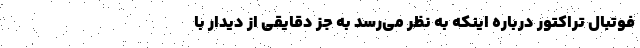
فوتبال تراکتور درباره اینکه به نظر می‌رسد به جز دقایقی از دیدار با